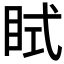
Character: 𥅞